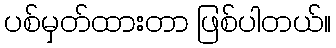
ပစ်မှတ်ထားတာ ဖြစ်ပါတယ်။